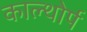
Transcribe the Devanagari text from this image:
काल्थोर्प